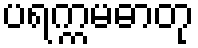
ပရက္ကမဓာတု